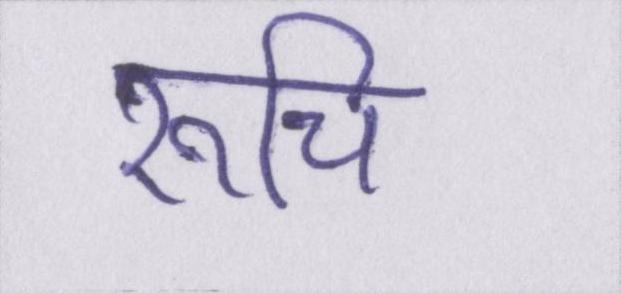
रूचि